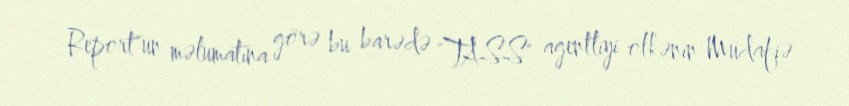
Report"un məlumatına görə bu barədə "TASS" agentliyi ölkənin Müdafiə